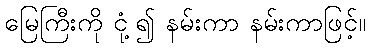
မြေကြီးကို ငုံ့၍ နမ်းကာ နမ်းကာဖြင့်။